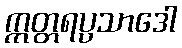
ဣတ္တရပ္ပသာဒေါ